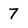
Character: 7